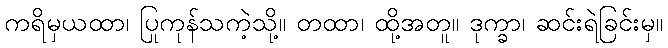
ကရိမှယထာ၊ ပြုကုန်သကဲ့သို့။ တထာ၊ ထို့အတူ။ ဒုက္ခာ၊ ဆင်းရဲခြင်းမှ။